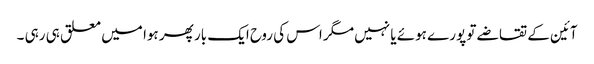
آئین کے تقاضے تو پورے ہوئے یا نہیں مگر اس کی روح ایک بار پھر ہوا میں معلق ہی رہی ۔